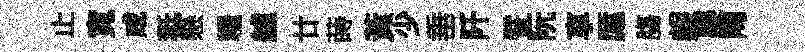
止寛咸秪懸糧艫廿蒔黄少𡸁阡譬阮享厖膓赧嶷陶